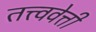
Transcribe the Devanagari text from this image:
तत्त्ववेत्ती